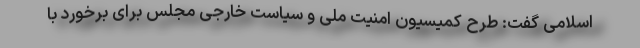
اسلامی گفت: طرح کمیسیون امنیت ملی و سیاست خارجی مجلس برای برخورد با